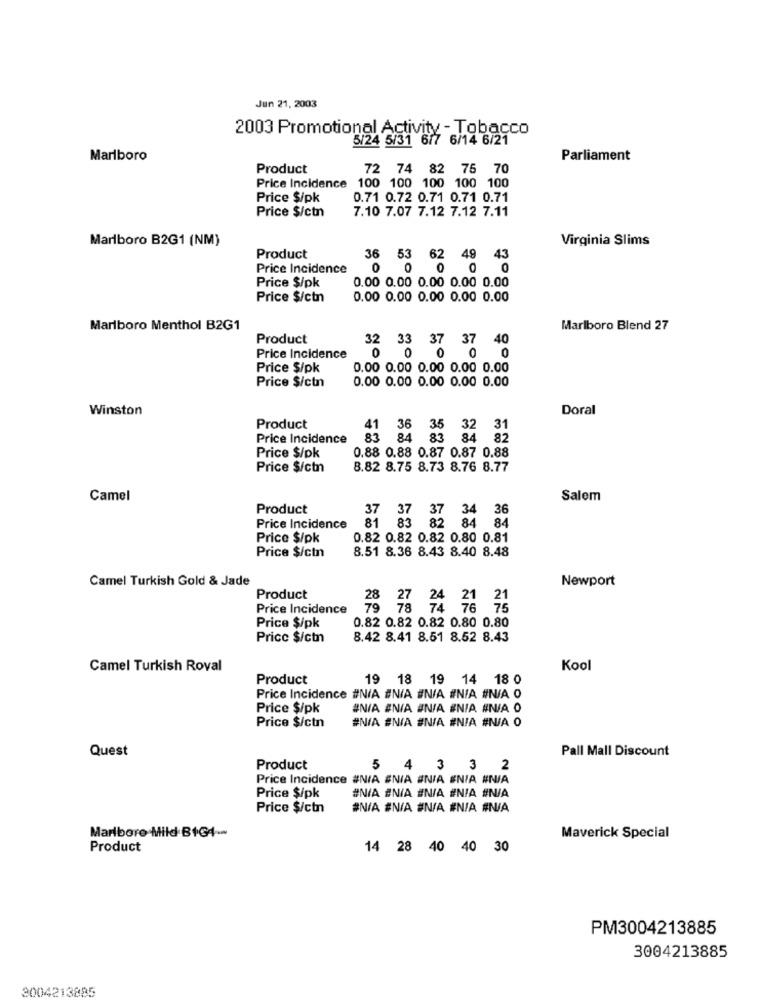
Jun 21, 2003
2003 Promotional Activity - Tobacco
5/24 5/31 6/7 6/14 6/21
Marlboro
Parliament
Product
72 74 82 75 70
Price Incidence 100 100 100 100 100
Price $/pk
0.71 0.72 0.71 0.71 0.71
Price $/ctn
7.10 7.07 7.12 7.12 7.11
Marlboro B2G1 (NM)
Virginia Slims
Product
36 53 62 49 43
Price Incidence
0
Price $/pk
0.00 0.00 0.00 0.00 0.00
Price $/ctn
0.00 0.00 0.00 0.00 0.00
Marlboro Menthol B2G1
Marlboro Blend 27
Product
32 33 37 37 40
0
0 0
Price Incidence
Price $/pk
0.00 0.00 0.00 0.00 0.00
Price $/ctn
0.00 0.00 0.00 0.00 0.00
Winston
Doral
Product
41 36 35 32 31
Price Incidence
83
84 83 84 82
0.88 0.88 0.87 0.87 0.88
Price $/pk
Price $/ctn
8.82 8.75 8.73 8.76 8.77
Camel
Salem
Product
37 37 37 34 36
Price Incidence
81 83 82 84 84
Price $/pk
0.82 0.82 0.82 0.80 0.81
Price $/ctn
8.51 8.36 8.43 8.40 8.48
Camel Turkish Gold & Jade
Newport
Product
Price Incidence
79 78 74 76 75
0.82 0.82 0.82 0.80 0.80
Price $/pk
Pricc $/ctn
8.42 8.41 8.51 8.52 8.43
Camel Turkish Roval
Kool
Product
19 18 19 14 18 0
Price Incidence #N/A #N/A #N/A #NIA #N/A 0
Price $/pk
#N/A ANIA #N/A #NIA #N/A O
Price $/ctn
#N/A #N/A #N/A #NIA #N/A 0
Quest
Pall Mall Discount
Product
5
4 3 3 2
Price Incidence #NIA ENIA #NIA ENIA #NA
Price $/pk
#N/A ENIA #N/A #NIA #N/A
Price $/ctn
#N/A #N/A #N/A #N/A #N/A
Marlboro Mild BIG4-
Maverick Special
Product
14 28 40 40 30
PM3004213885
3004213885
3004213885